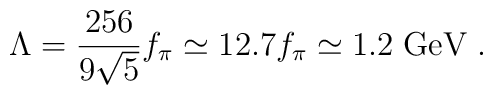
\Lambda = \frac{256}{9 \sqrt{5}} f_\pi \simeq 12.7 f_\pi \simeq 1.2  \; \mathrm{GeV} \; .